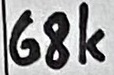
Text: 68K